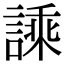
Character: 𧪝